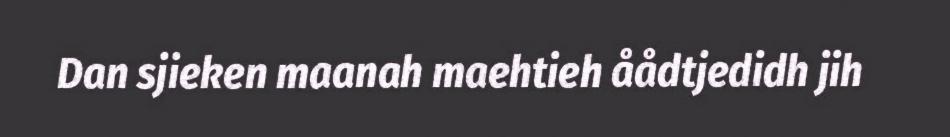
Dan sjieken maanah maehtieh åådtjedidh jih